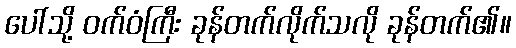
ပေါ်သို့ ဝက်ဝံကြီး ခုန်တက်လိုက်သလို ခုန်တက်၏။